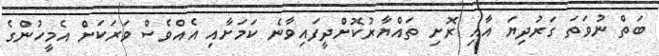
ބަތް ނުވަތަ ގަރުދިޔަ އާއި ރޮށި ތައްޔާރުކޮށްދީފައިވާނެ ކަމަށާއި އެއްވެސް ވަރަކަށް އެމީހުންގެ